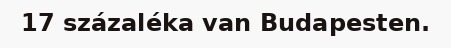
17 százaléka van Budapesten.